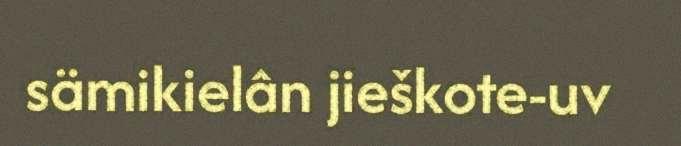
sämikielân jieškote-uv